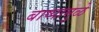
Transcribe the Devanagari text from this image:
बाष्पामुळे